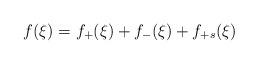
LaTeX: \begin{align*}f(\xi) = f_+(\xi) + f_-(\xi) + f_{+s}(\xi)\end{align*}